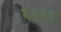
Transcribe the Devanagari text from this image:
३६९६